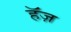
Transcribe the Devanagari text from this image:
हॅज़